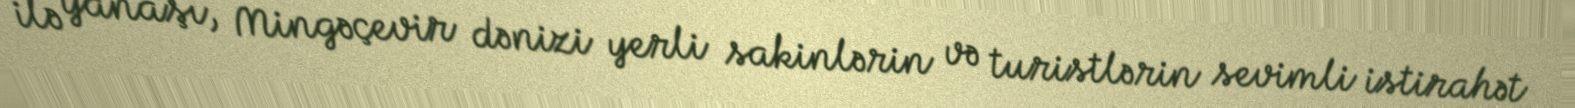
ilə yanaşı, Mingəçevir dənizi yerli sakinlərin və turistlərin sevimli istirahət